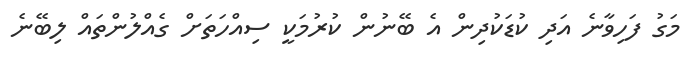
މަގު ފަހިވާނެ އަދި ކުޑަކުދިން އެ ބޭނުން ކުރުމަކީ ސިއްހަތަށް ގެއްލުންތައް ލިބޭނެ